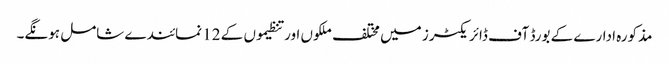
مذکورہ ادارے کے بورڈ آف ڈائریکٹرز میں مختلف ملکوں اور تنظیموں کے 12 نمائندے شامل ہونگے۔